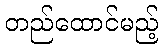
တည်ထောင်မည့်